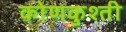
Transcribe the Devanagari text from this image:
कोणकुश्ती